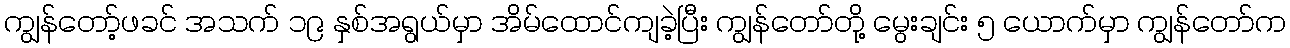
ကျွန်တော့်ဖခင် အသက် ၁၉ နှစ်အရွယ်မှာ အိမ်ထောင်ကျခဲ့ပြီး ကျွန်တော်တို့ မွေးချင်း ၅ ယောက်မှာ ကျွန်တော်က